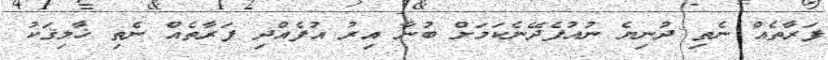
ފަރާތެއް ނެތި ދުނިޔެ ނުއުފެދޭނެކަމަށް ބުނާ އިރު އުފެއްދި ފަރާތެއް ނެތި ޚާލިޤަކު